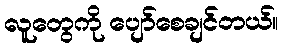
လူတွေကို ပျော်စေချင်တယ်။